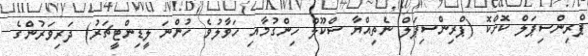
ޕްރިންސިޕަލް ކޮށްކޮ (ޕްރިންސިޕަލް ނެތިއްޔާ ސްކޫލް ހިންގުމާއި ހަވާލުވެ ހުންނަ ލީޑިންޓީޗަރު) ދަރިވަރުންގެ